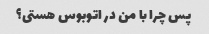
پس چرا با من در اتوبوس هستی؟